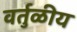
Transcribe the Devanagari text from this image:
वर्तुळीय